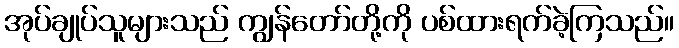
အုပ်ချုပ်သူများသည် ကျွန်တော်တို့ကို ပစ်ထားရက်ခဲ့ကြသည်။